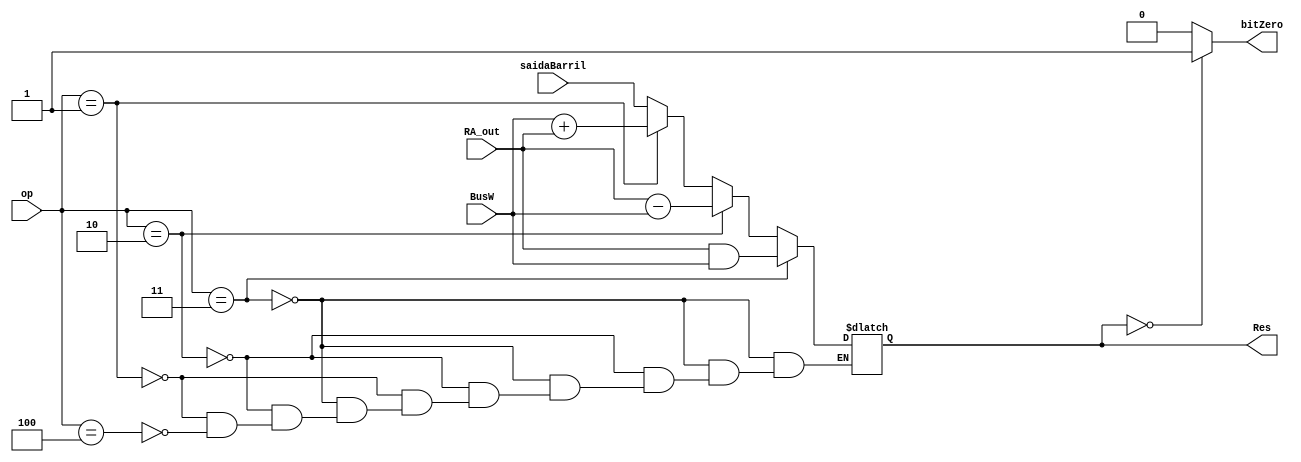
module Alu(BusW, RA_out, saidaBarril, op, Res, bitZero);
		input [15:0] BusW;
		input [15:0] RA_out;
		input [15:0] saidaBarril;
		input [2:0]op;
		output reg [15:0] Res;
		output reg bitZero;

		always@(*)
		
		if(op == 3'b011)begin
			Res = RA_out & BusW;
		end else if (op == 3'b010) begin
			Res = RA_out - BusW;
		end else if(op == 3'b001) begin
			Res = BusW + RA_out;
		end else if(op == 3'b100)begin
			Res = saidaBarril;
		end
		always@(*)
		if(Res == 16'b0)begin
			bitZero = 1'b1;
		end else begin
			bitZero = 1'b0;
		end
		
	endmodule